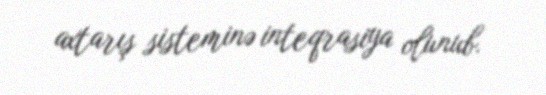
axtarış sisteminə inteqrasiya olunub.